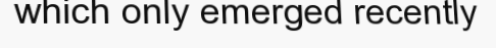
which only emerged recently